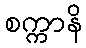
စက္ကာနိ